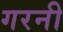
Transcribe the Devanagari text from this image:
गरनी